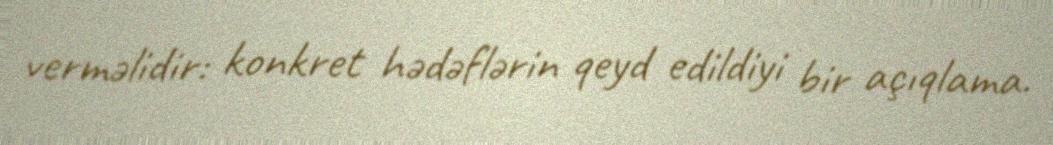
verməlidir: konkret hədəflərin qeyd edildiyi bir açıqlama.